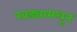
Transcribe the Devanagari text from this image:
खड्यामधून